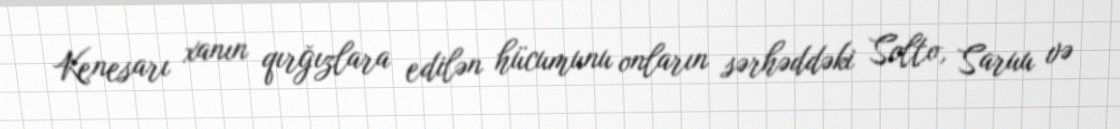
Kenesarı xanın qırğızlara edilən hücumunu onların sərhəddəki Solto, Saruu və